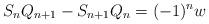
LaTeX: \begin{align*}S_nQ_{n+1}-S_{n+1}Q_n=(-1)^nw\end{align*}